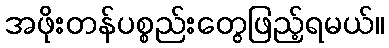
အဖိုးတန်ပစ္စည်းတွေဖြည့်ရမယ်။